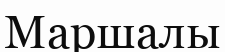
Маршалы